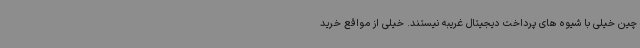
چین خیلی با شیوه های پرداخت دیجیتال غریبه نیستند. خیلی از مواقع خرید